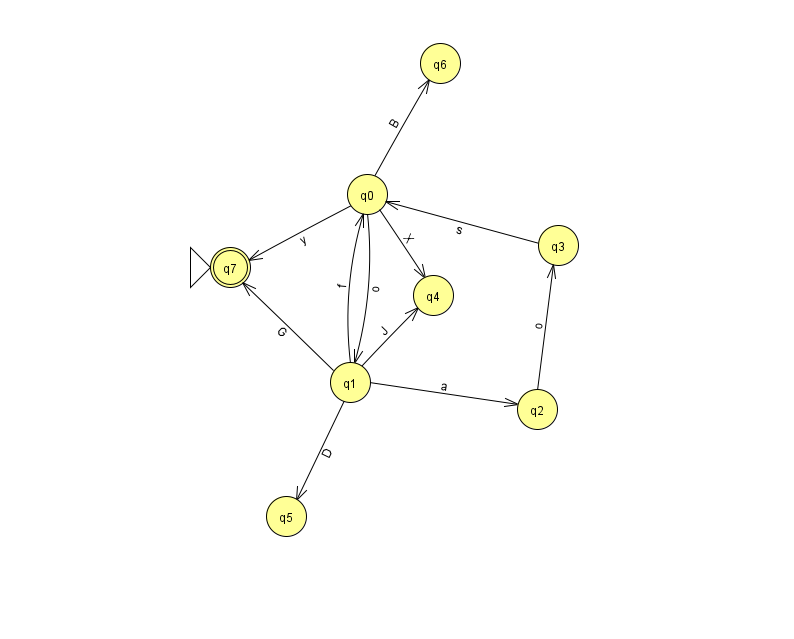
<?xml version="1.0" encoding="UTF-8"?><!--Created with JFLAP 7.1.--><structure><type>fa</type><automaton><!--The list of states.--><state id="0" name="q0"><x>367.0</x><y>181.0</y></state><state id="1" name="q1"><x>350.0</x><y>369.0</y></state><state id="2" name="q2"><x>537.0</x><y>396.0</y></state><state id="3" name="q3"><x>558.0</x><y>232.0</y></state><state id="4" name="q4"><x>433.0</x><y>282.0</y></state><state id="5" name="q5"><x>286.0</x><y>503.0</y></state><state id="6" name="q6"><x>440.0</x><y>50.0</y></state><state id="7" name="q7"><x>230.0</x><y>254.0</y><initial/><final/></state><!--The list of transitions.--><transition><from>1</from><to>7</to><read>G</read></transition><transition><from>1</from><to>0</to><read>f</read></transition><transition><from>1</from><to>2</to><read>a</read></transition><transition><from>3</from><to>0</to><read>s</read></transition><transition><from>0</from><to>6</to><read>B</read></transition><transition><from>0</from><to>4</to><read>X</read></transition><transition><from>0</from><to>7</to><read>y</read></transition><transition><from>0</from><to>1</to><read>o</read></transition><transition><from>2</from><to>3</to><read>o</read></transition><transition><from>1</from><to>5</to><read>D</read></transition><transition><from>1</from><to>4</to><read>J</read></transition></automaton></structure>